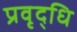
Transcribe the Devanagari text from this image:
प्रवृद्धि